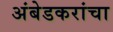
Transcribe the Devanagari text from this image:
अंबेडकरांचा